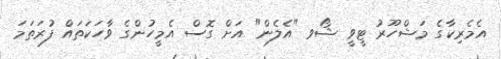
އެމެރިކާގެ މަޝްހޫރު ޓީވީ ޝޯވ "އެލެން" އަށް ގޮސް އެމީހުންގެ ވާހަކަތައް ފުރަތަމަ